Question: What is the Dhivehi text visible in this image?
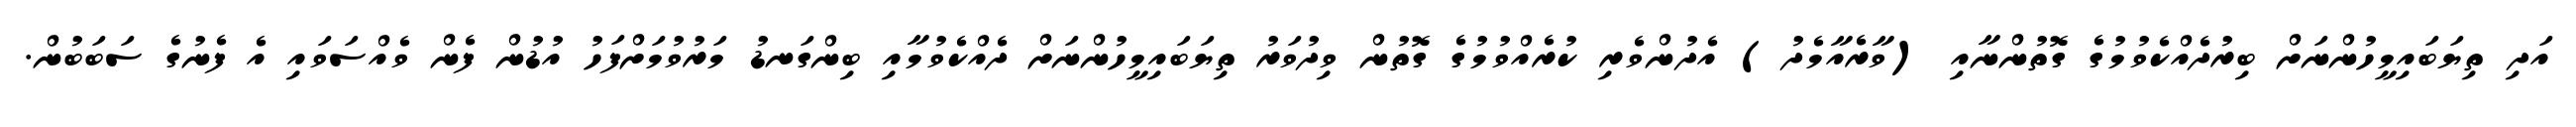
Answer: އަދި ތިޔަބައިމީހުންނަށް ބިރުދެއްކެވުމުގެ ގޮތުންނާއި (ވާރެއާމެދު) އެދުންވެރި ކުރެއްވުމުގެ ގޮތުން ވިދުވަރު ތިޔަބައިމީހުންނަށް ދެއްކެވުމާއި ބިންގަނޑު މަރުވުމަށްފަހު އުޑުން ފެން ވެއްސަވައި އެ ފެނުގެ ސަބަބުން.